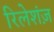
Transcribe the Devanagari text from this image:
रिलेशंज़